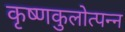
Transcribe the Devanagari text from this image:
कृष्णकुलोत्पन्न